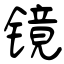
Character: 镜